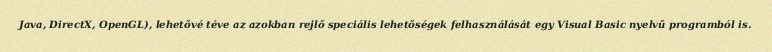
Java, DirectX, OpenGL), lehetővé téve az azokban rejlő speciális lehetőségek felhasználását egy Visual Basic nyelvű programból is.